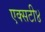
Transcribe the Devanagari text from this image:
एक्सटी४